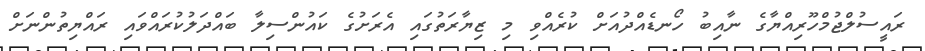
ރައީސުލްޖުމްހޫރިއްޔާގެ ނާއިބު ހޯނޑެއްދުއަށް ކުރެއްވި މި ޒިޔާރަތުގައި އެރަށުގެ ކައުންސިލާ ބައްދަލުކުރައްވައި ރައްޔިތުންނަށް